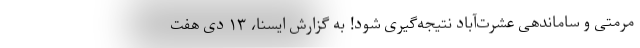
مرمتی و ساماندهی عشرت‌آباد نتیجه‌گیری شود! به گزارش ایسنا، ۱۳ دی هفت